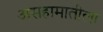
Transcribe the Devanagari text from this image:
असहामातीला